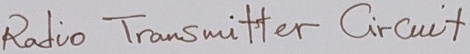
Text: Radio Transmitter Circuilt